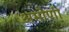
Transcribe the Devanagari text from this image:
अमोणी